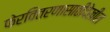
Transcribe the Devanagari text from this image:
फेरवितरणासाठीदेखील